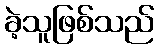
ခဲ့သူဖြစ်သည်